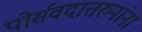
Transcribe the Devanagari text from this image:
पोर्सवदातरुनांना